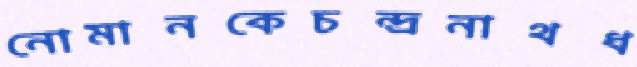
নোমানকেচন্দ্রনাথধ